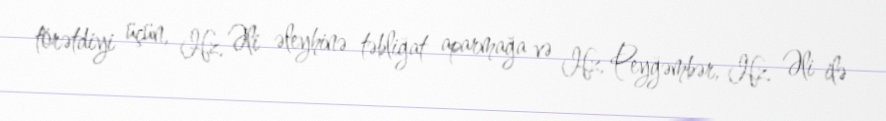
törətdiyi üçün, Hz. Əli əleyhinə təbliğat aparmağa və Hz. Peyğəmbər, Hz. Əli ilə